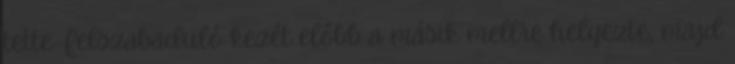
tette. Felszabaduló kezét előbb a másik mellre helyezte, majd